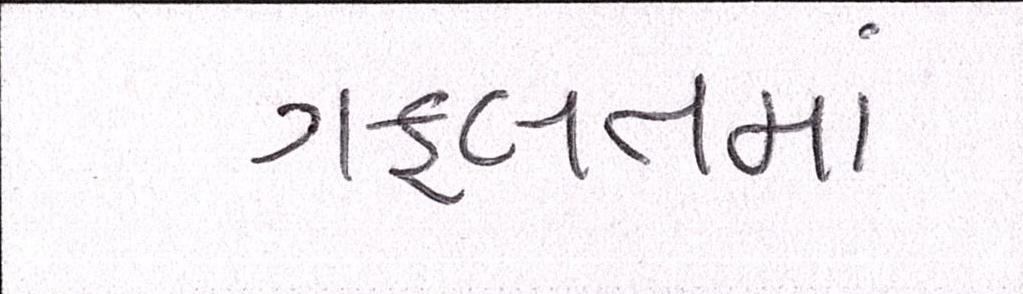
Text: ગફલતમાં